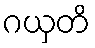
ဂယှတိ